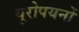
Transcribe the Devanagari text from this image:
यूरोपयनों